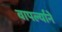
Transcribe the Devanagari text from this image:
वापर्ल्याने